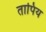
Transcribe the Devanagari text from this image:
तापिय